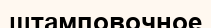
штамповочное